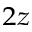
_ { 2 z }